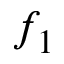
f _ { 1 }